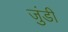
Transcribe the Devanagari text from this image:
जुंडी